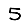
Digit: 5